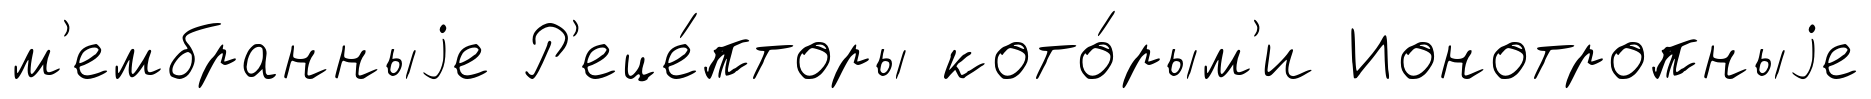
м'ембранныjе Р'еце́пторы кото́рым'и Ионотропныjе